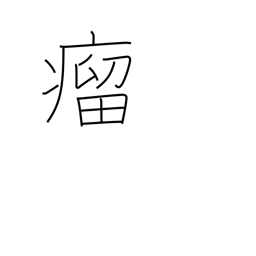
Meaning: lump